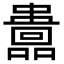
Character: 𡄅